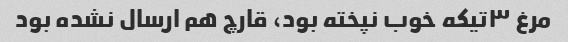
مرغ ۳تیکه خوب نپخته بود، قارچ هم ارسال نشده بود